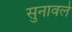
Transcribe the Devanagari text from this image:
सुनावले